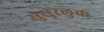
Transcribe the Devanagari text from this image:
सुसुरलुक